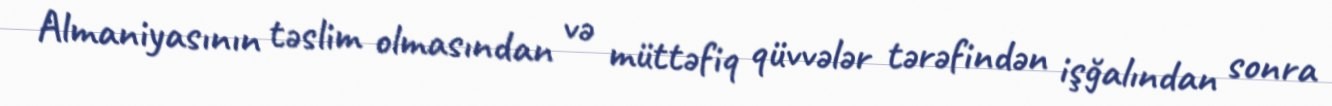
Almaniyasının təslim olmasından və müttəfiq qüvvələr tərəfindən işğalından sonra